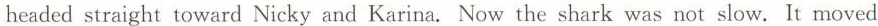
headed straight toward Nicky and Karina. Now the shark was not slow. It moved